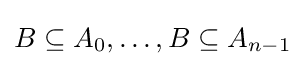
B\subseteq A_{0},\dots ,B\subseteq A_{n-1}